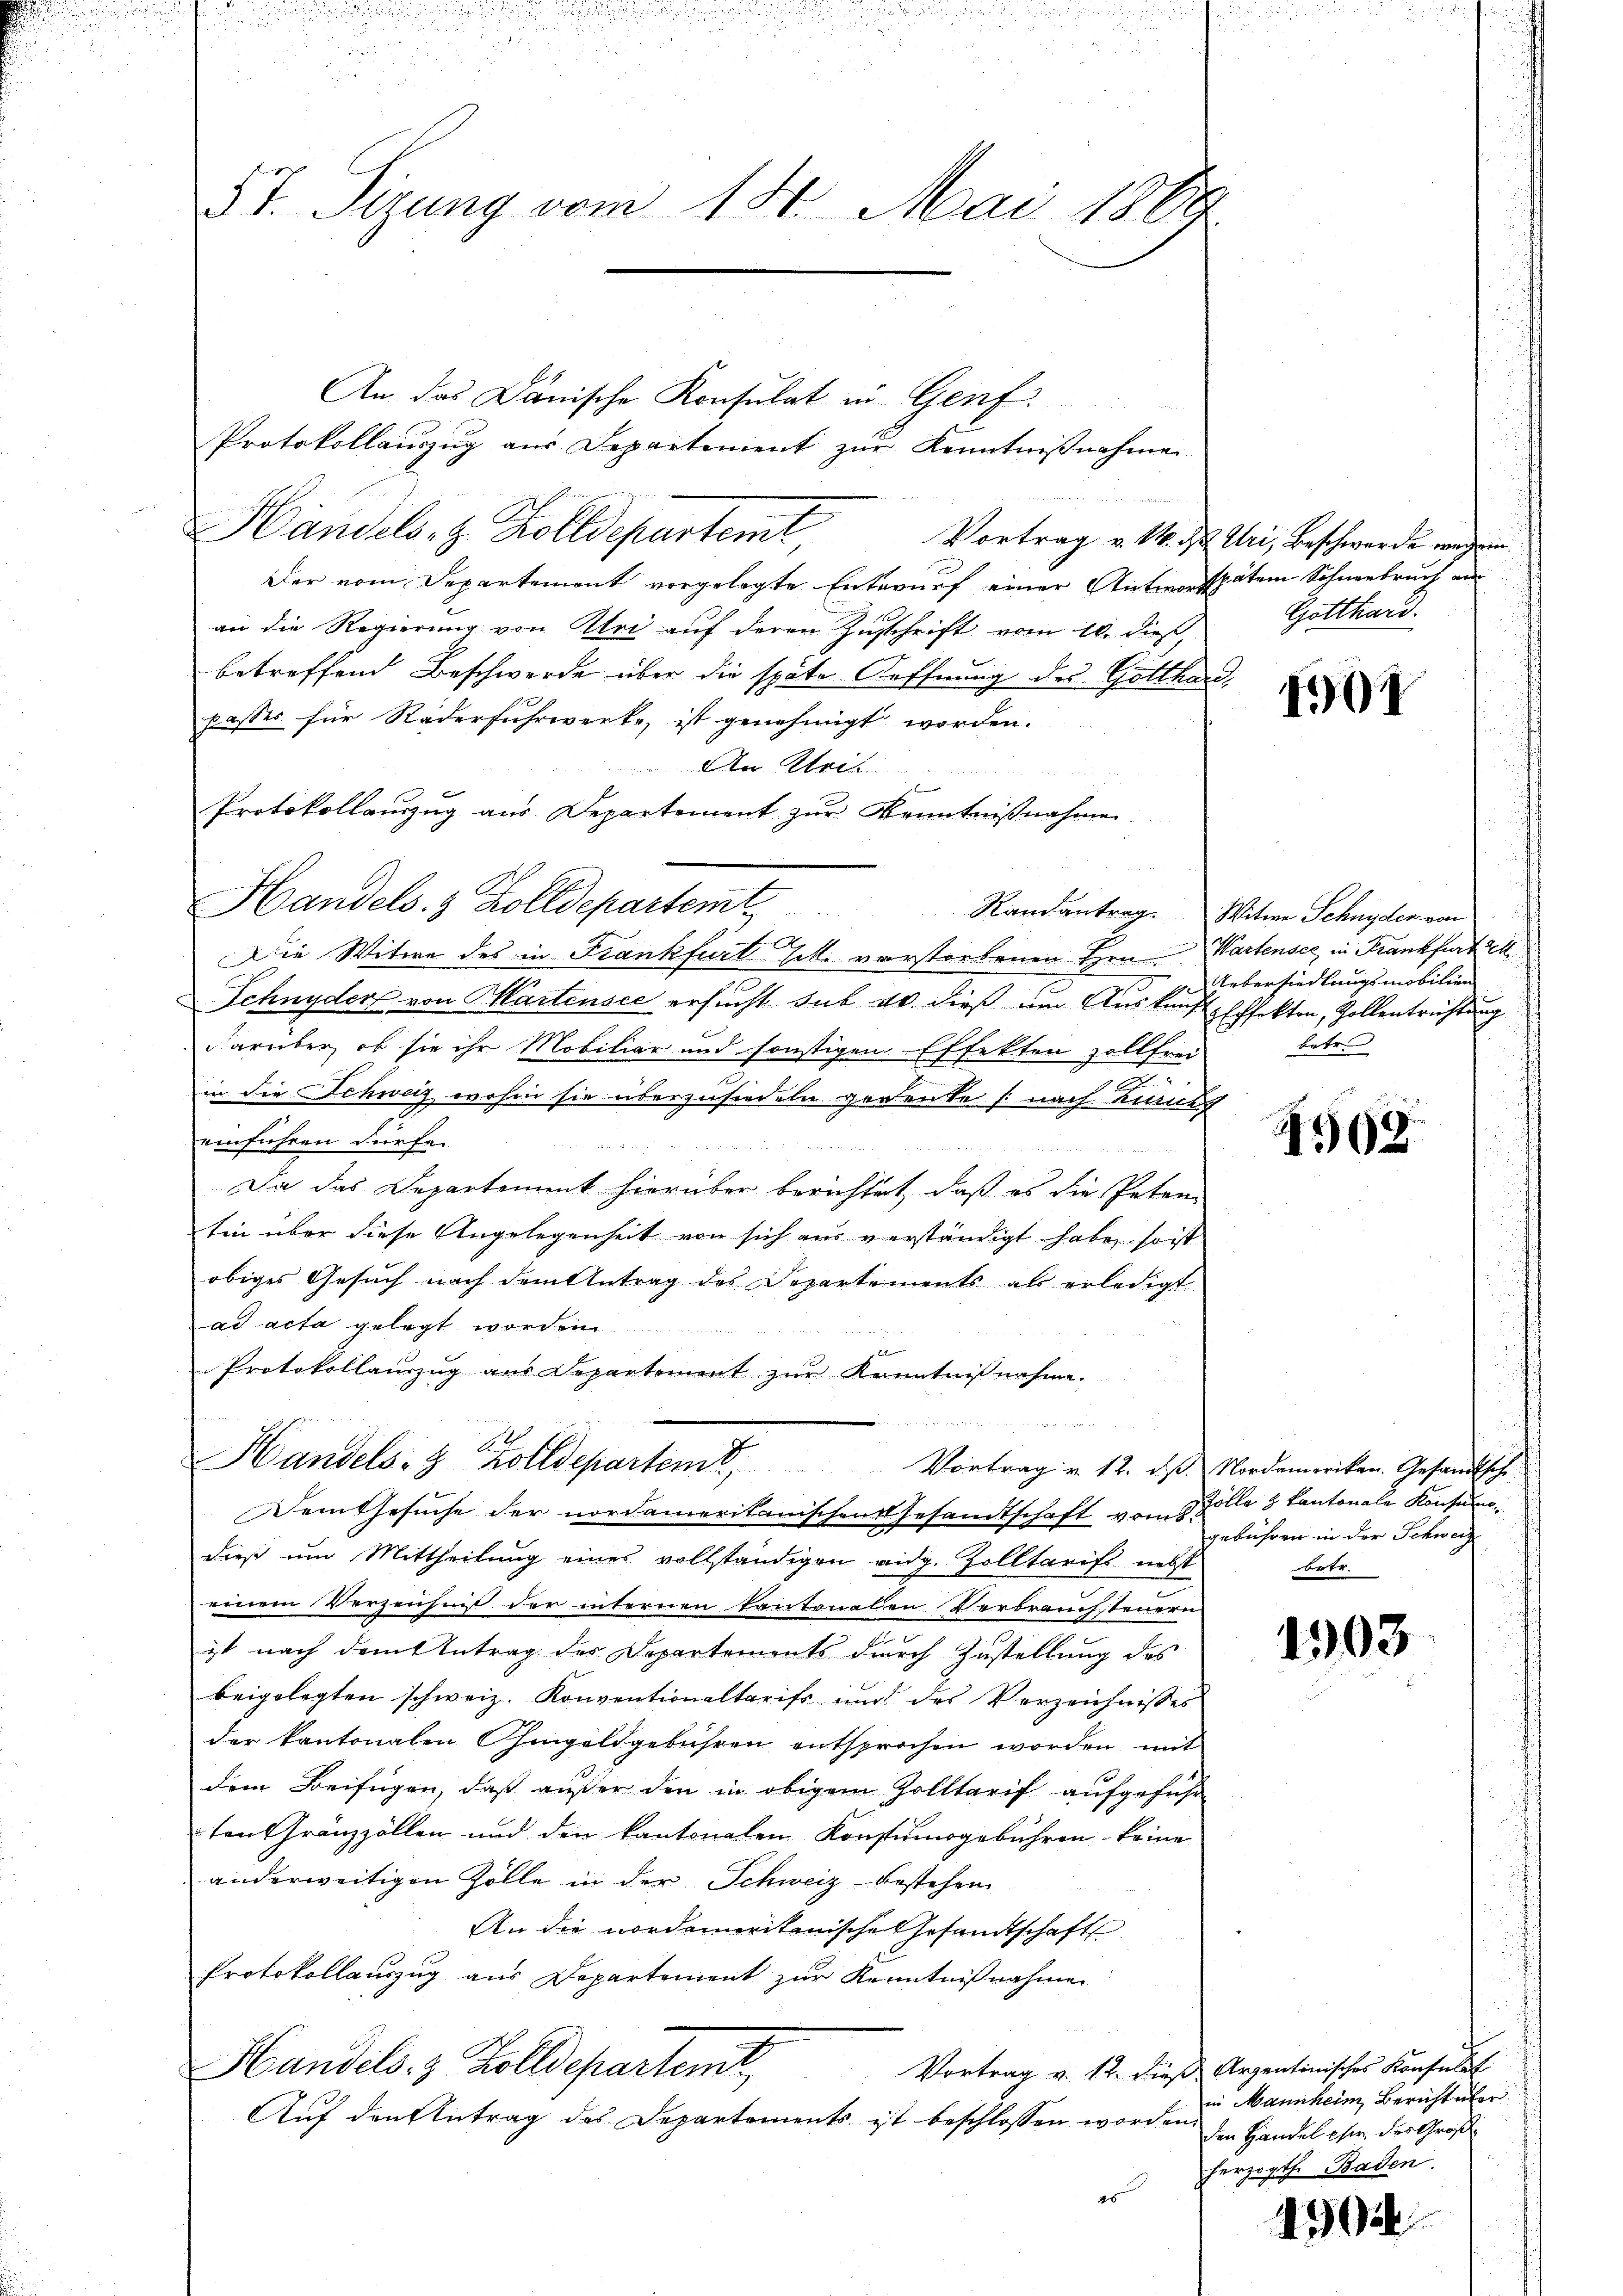
§ 4. Sizung vom 14. Mai 1869.

An das Dänische Konsulat in Genf
Protokollauszug aus Departement zur Kenntniβnahme
Handels, & Zolldepartemt
Vortrag v. M. d
Der vom Departement vorgelegte Entwurf einer Antwortspätem Schneebruch an
an die Regierung von Uri auf deren Zuschrift vom 10. dieß
betreffend Beschwerde über die späte Oeffnung des Gotthaupasses für Räderfuhrwerke, ist genehmigt worden.
An Krit
Protokollauszug aus Departement zur Kenntnißnahmen
Handels. 3 Zolldepartemt
Die Witwe des in Frankfurt Till. verstorbenen Hrn. Wartensee, in Frankfurt et
Schnyder von Martensee ersucht sub 20. dieß um Auskunft Effekten, Zollentrichtung
darüber, ob sie ihr Mobiliar und sonstigen Effekten zollfrei
in die Schweiz wohin sie überzusiedeln gedeute (nach Kinde
einführen dürfe.
Da das Departement hierüber berichtet, daß es die Petentin über diese Angelegenheit von sich aus verständigt habe, so ist
obiges Gesuch nach dem Antrag des Departements als erledigt.
ad acta gelegt worden.
Protokollauszug aus Departement zŭr Kenntnißnahme.

Handels- & Zolldepartint,
Vortrag u. 12. ds. Nordamerikan. Gesandtsch
Dem Gesuche der nordamerikanischen Gesandtschaft vom 3 Zolle & Kantonale Konsumdieß um Mittheilung eines vollständigen eidg. Zolltarifs nebst
einem Verzeichnis der internen kantonalen Verbrauchsteuern
ist nach dem Antrag des Departements durch Zustellung des
beigelegten schweiz. Konventionaltarifs und des Verzeichnisses
der kantonalen Chingeldgebühren entsprochen worden, mit
dem Beifügen, daß außer den in obigem Zolltarif aufgeführ
ten Granzzöllen und den kantonalen Konsumsgebühren keine
anderweitigen Zolle in der Schweiz bestehen
An die nordamerikanische Gesandtschafts
Protokollauszug aus Departement zur Kenntnißnahmen
Handels- & Zolldepartent
Vortrag v. 12. dieß Arzentinisches Konsulat
Auf den Antrag des Departements ist beschlossen worden.
26

Uri, Beschwerde wegen.
Gotthard.

4501

Randantrag. Witwe Schnyder von
Uebersiedlungsmobilien
betr.

969

gebühren in der Schweiz
betr.

1308.

in Mannheim Bericht über
den Handel ehe des Groß
herzogth. Baden.

490

t